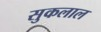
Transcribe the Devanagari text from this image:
सुकलाल